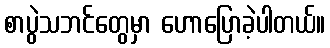
စာပွဲသဘင်တွေမှာ ဟောပြောခဲ့ပါတယ်။